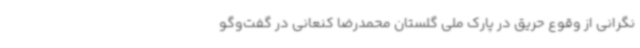
نگرانی از وقوع حریق‌ در پارک ملی گلستان محمدرضا کنعانی در گفت‌وگو